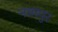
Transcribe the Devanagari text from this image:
नामपुर